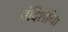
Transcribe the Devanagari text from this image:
बंदिशींना